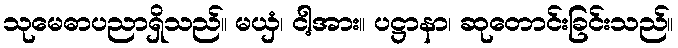
သုမေဓာပညာရှိသည်။ မယှံ၊ ငါ့အား။ ပဋ္ဌာနာ၊ ဆုတောင်းခြင်းသည်။